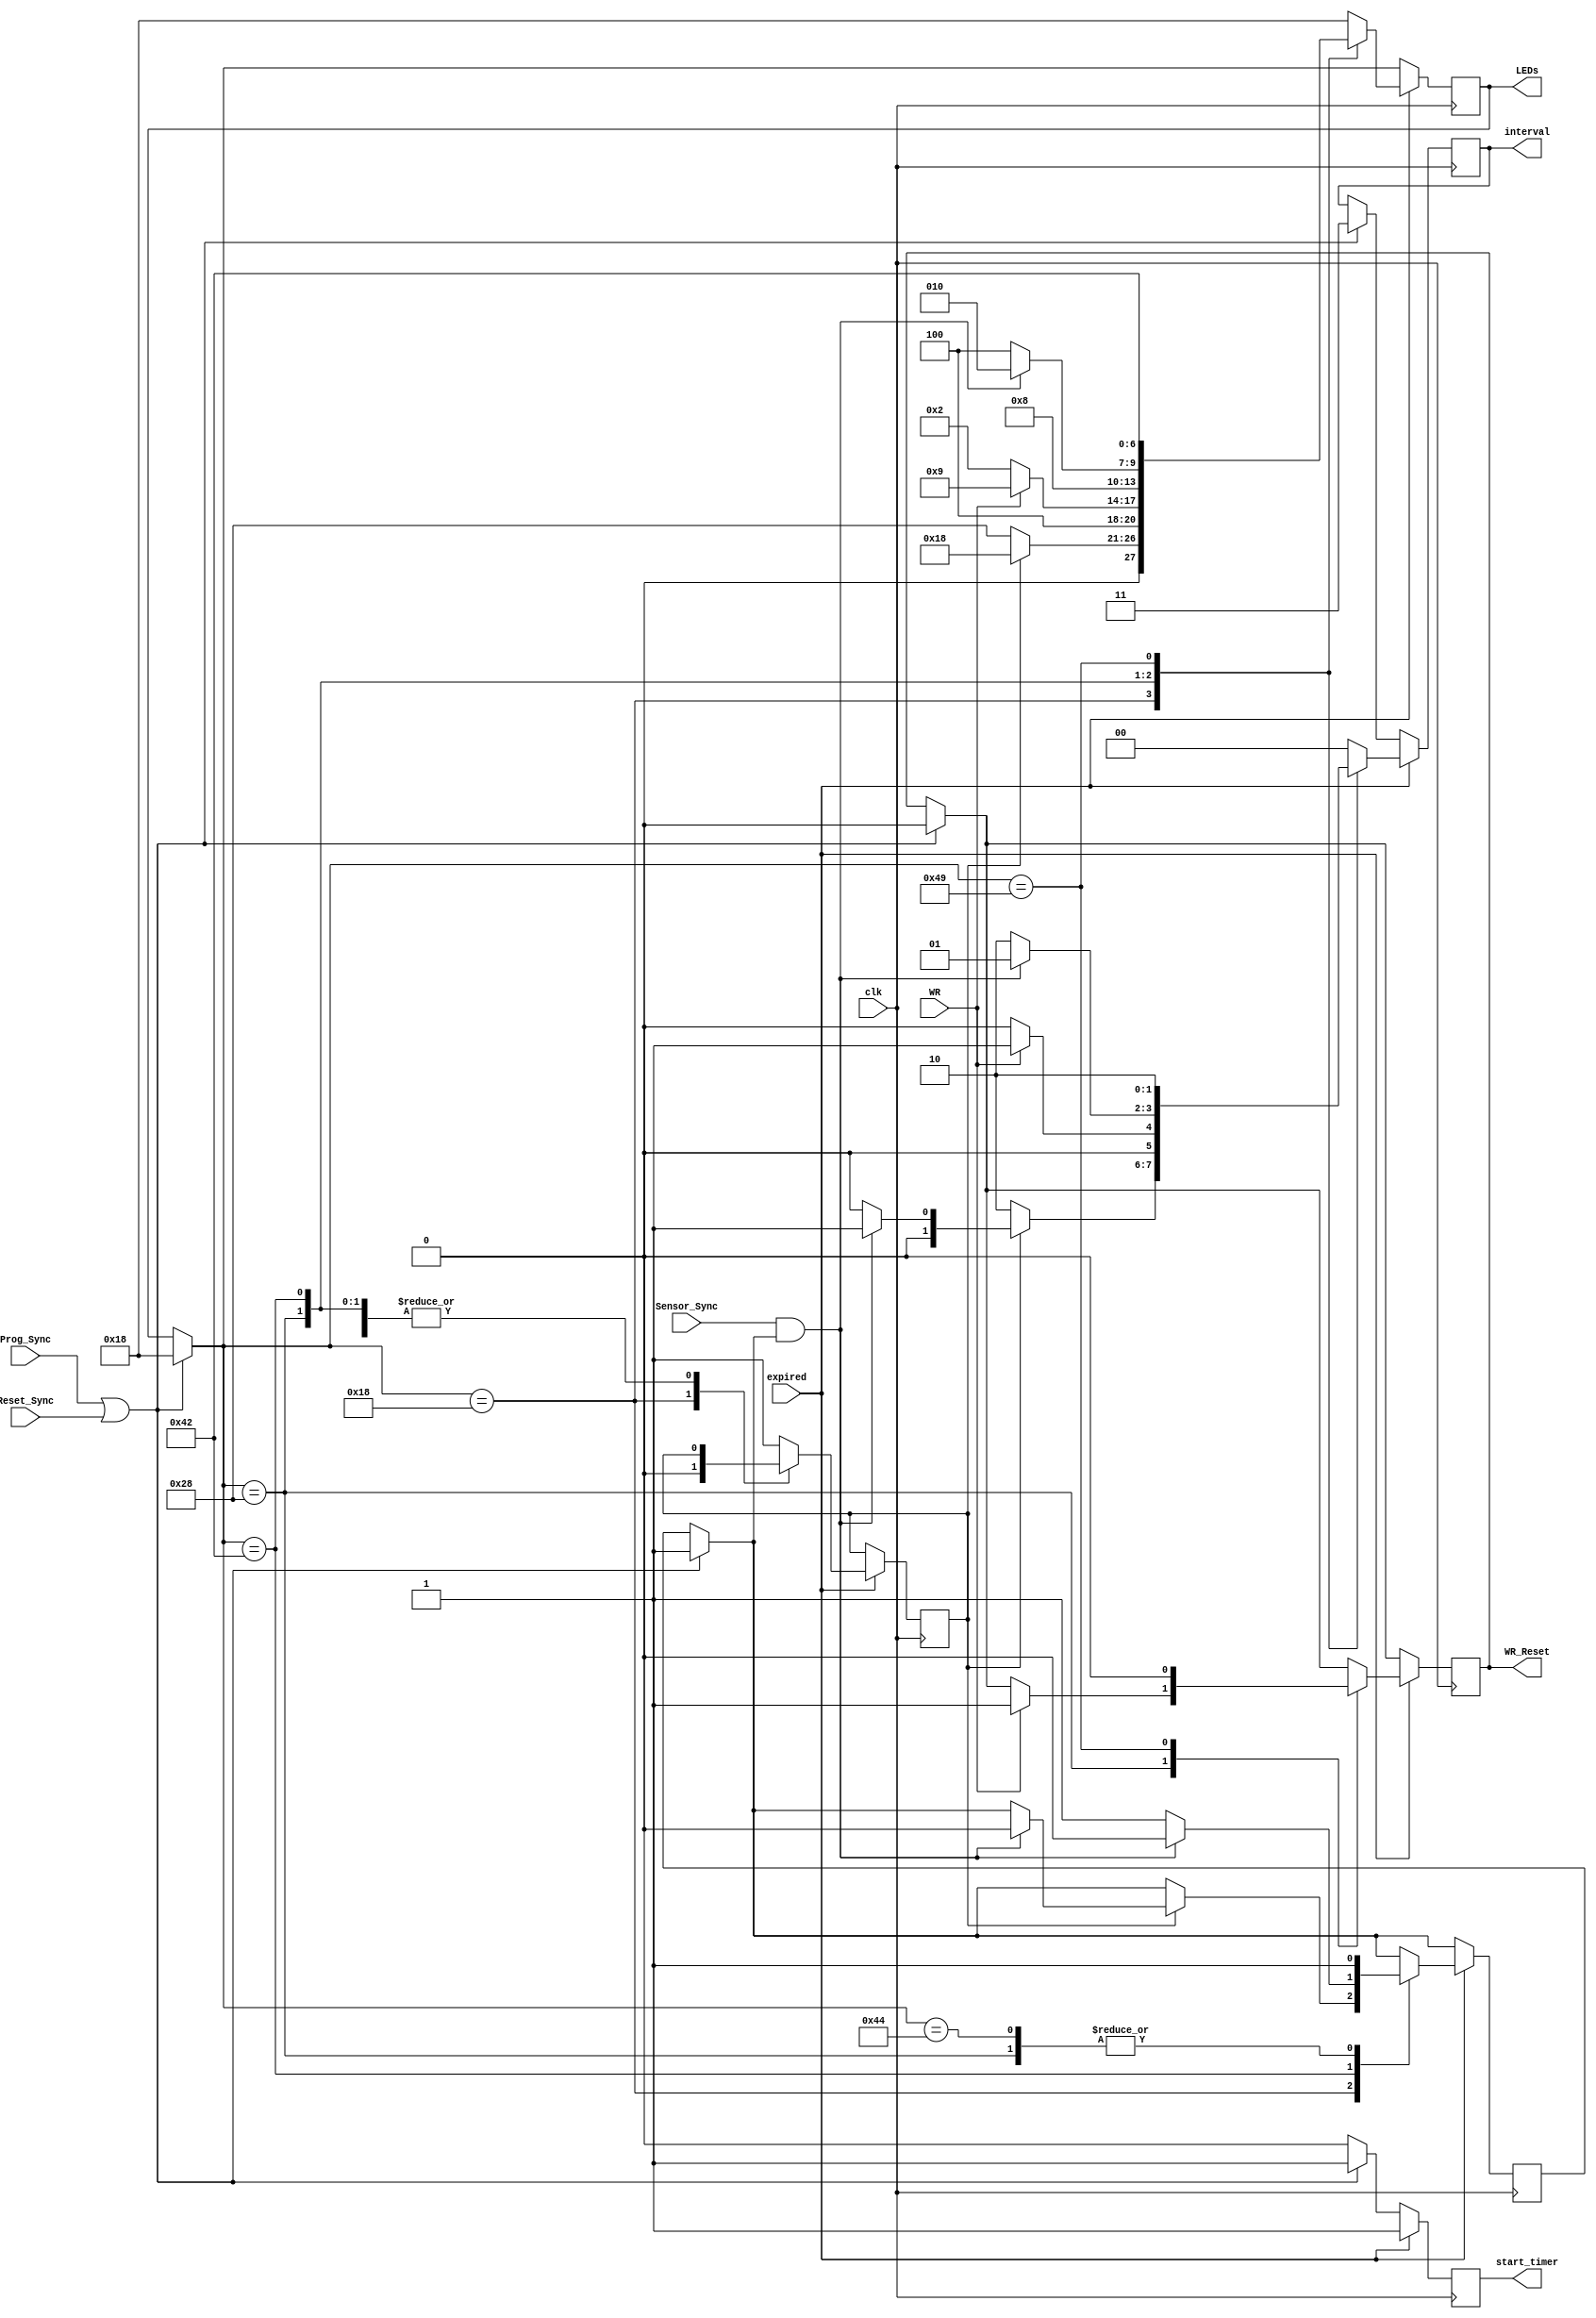
`timescale 1ns / 1ps
//`timescale 1us / 1ns
//////////////////////////////////////////////////////////////////////////////////
// Company: 
// Engineer: 
// 
// Design Name: 
// Module Name: FSM
// Project Name: 
// Target Devices: 
// Tool Versions: 
// Description: 
// 
// Dependencies: 
// 
// Revision:
// Revision 0.01 - File Created
// Additional Comments:
// 
//////////////////////////////////////////////////////////////////////////////////


module FSM(
    input Sensor_Sync,
    input WR,
    output reg WR_Reset,
    output reg [6:0] LEDs,
    output reg [1:0] interval,
    output reg start_timer,
    input expired,
    input Prog_Sync,
	input Reset_Sync,
	input clk
    );
	 
	 localparam tBASE = 2'b00,//tBASE
				tEXT = 2'b01,//tEXT
				tYEL = 2'b10,//tYEL
				tBASEx2 = 2'b11;//2*tBASE
					
	 reg deviate;
	 reg senseOneTime;
	 
	 localparam MG = 7'b0011000, //Main green 
				MY = 7'b0101000, //Main yellow 
				SG = 7'b1000010, //Side green 
			    SY = 7'b1000100, //Side yellow 
				WK = 7'b1001001; //walk 
	 
	 always@(posedge clk) begin
		
		start_timer = 0;
		if (Prog_Sync | Reset_Sync) begin
			LEDs = MG;
			interval = tBASEx2;
			WR_Reset = 0;
			start_timer = 1;
			senseOneTime = 1;
		end
		if (expired) 
		  begin
		      case (LEDs)
			     MG: begin
				    if (deviate) begin
					   if (Sensor_Sync & senseOneTime)begin
					       LEDs = MG;
						   interval = tEXT;
						   senseOneTime = 0;
 					   end
					   else begin
					       LEDs = MG;
						   interval = tBASE;
					   end
					   deviate = 0;
					end
					else begin	
					   LEDs = MY;
					   interval = tYEL;
					end
				end
					
				MY:	begin
				    if (WR) begin
					   LEDs = WK;
					       interval = tEXT;
						   WR_Reset = 1;
					end
					else begin
					   LEDs = SG;
					   interval = tBASE;
					end
					senseOneTime = 1;
				end
				
				SG: begin
				    if (Sensor_Sync & senseOneTime) begin
					   LEDs = SG;
					   interval = tEXT;
					   senseOneTime = 0;
					end
					else begin
					   LEDs = SY;
					   interval = tYEL;
					   senseOneTime = 1;
					end
				end
				
				SY: begin
				    LEDs = MG;
					interval = tBASE;
					deviate = 1;
					senseOneTime = 1;
				end
				
				WK: begin
				    LEDs = SG;
					interval = tYEL;
					WR_Reset = 0;
				end
				
				default : begin
				    LEDs = MG;
					interval = tBASE;
					deviate = 1;
					start_timer = 1;
				end
			endcase
			start_timer = 1;
		
		end
	end
	
endmodule